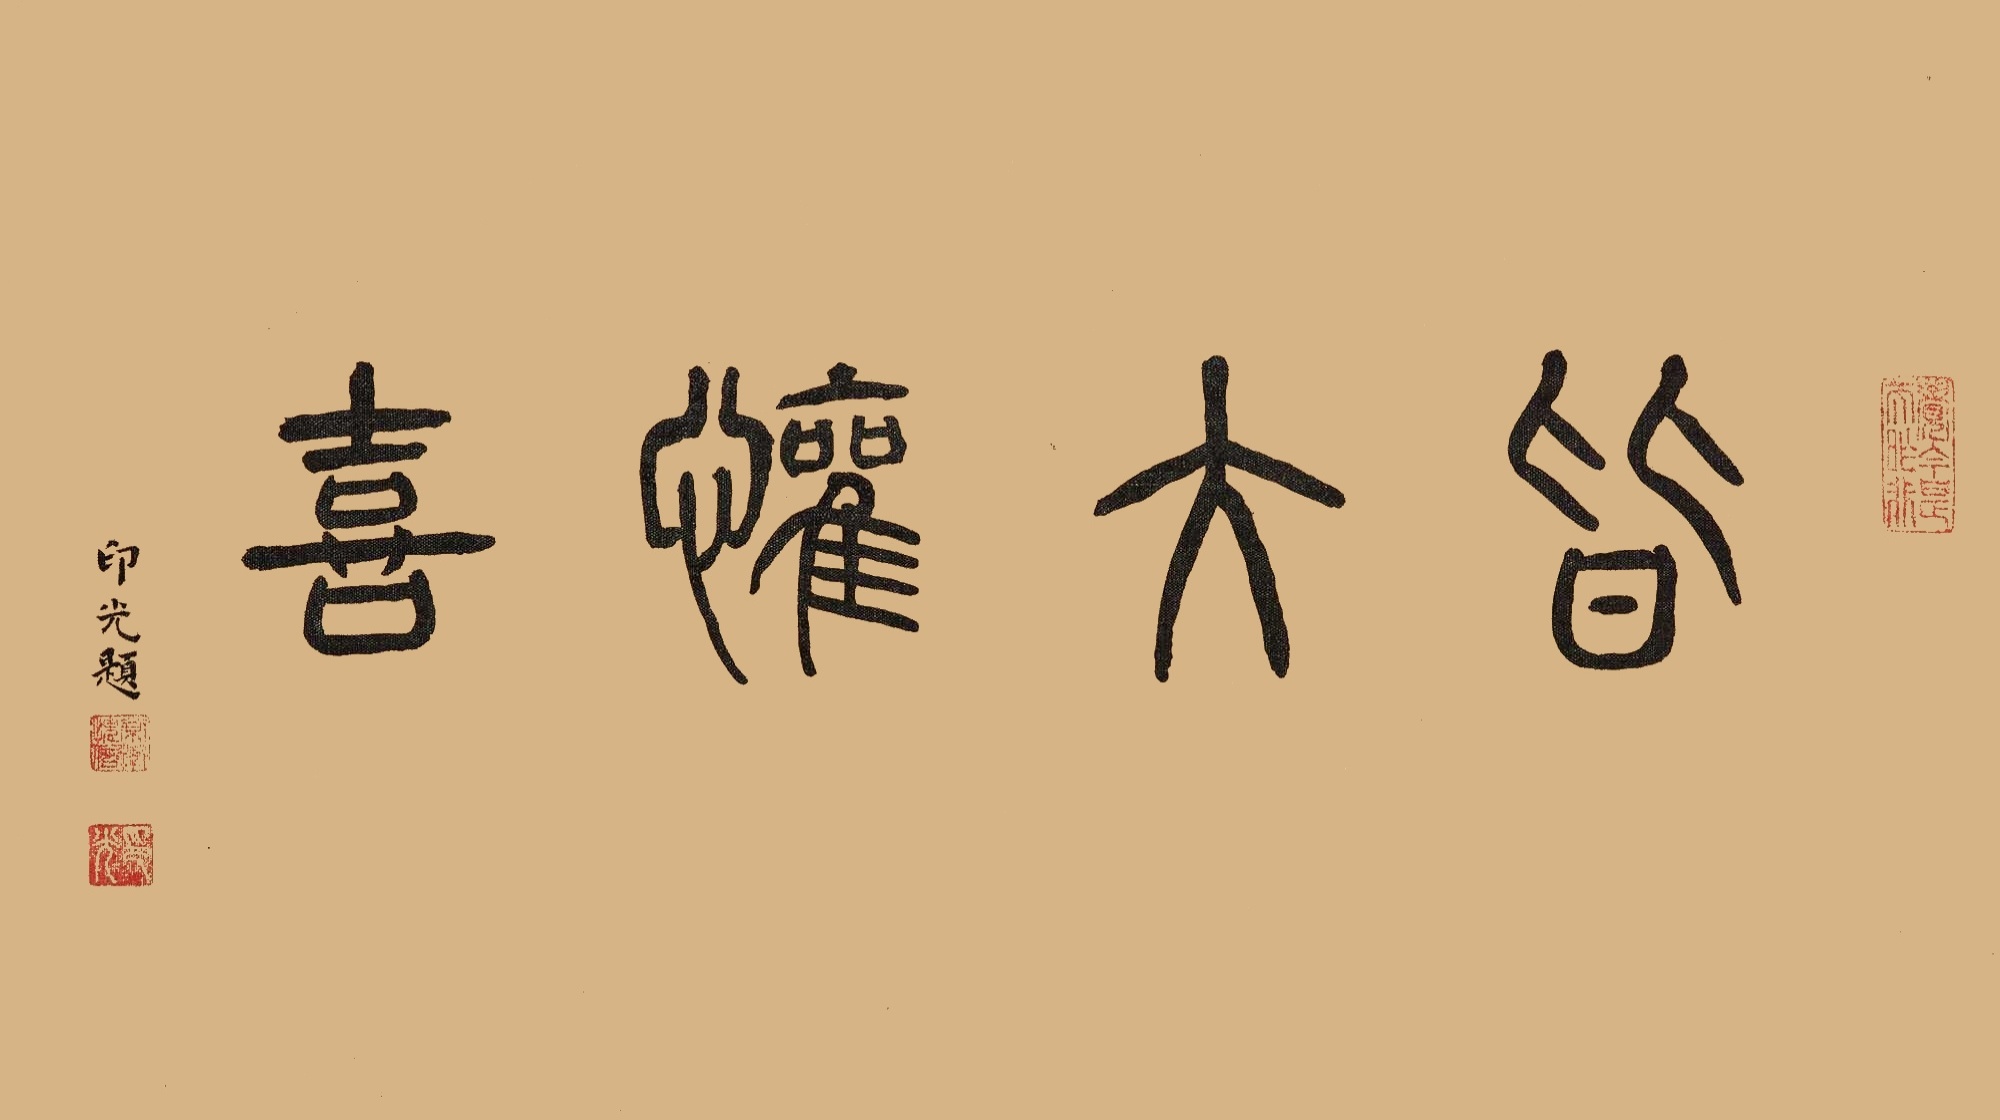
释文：皆大欢喜。印光题。